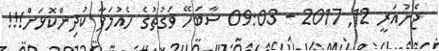
ޖެނުއަރީ 12